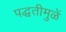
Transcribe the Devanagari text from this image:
पद्धतीमुळें